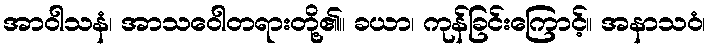
အာဝါသနံ၊ အာသဝေါတရားတို့၏။ ခယာ၊ ကုန်ခြင်းကြောင့်။ အနာသဝံ၊